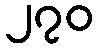
၂၇၀